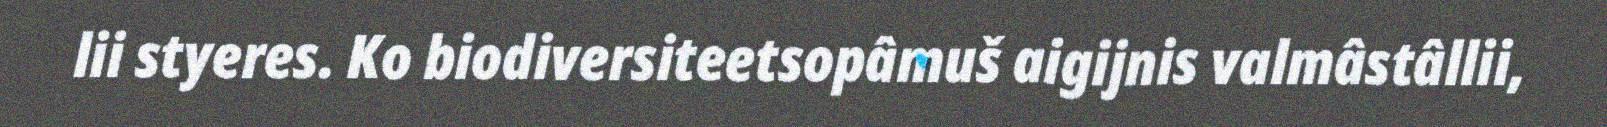
lii styeres. Ko biodiversiteetsopâmuš aigijnis valmâstâllii,